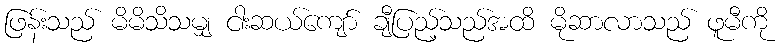
ဖြန်းသည် မိမိသိသမျှ ငါးဆယ်ကျော် ချီပြည့်သည်အထိ မိုဆာလာသည် ဖူမီကို